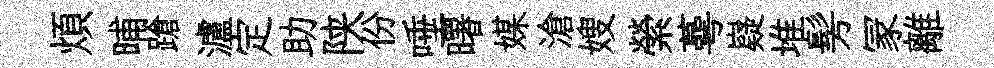
煩晡蹌瀘定助陕份唾曙媒滄嫂縈蕚嶷堆髣冡離